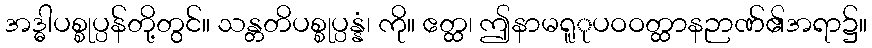
အဒ္ဓါပစ္စုပ္ပန်တို့တွင်။ သန္တတိပစ္စုပ္ပန္နံ၊ ကို။ ဧတ္ထ၊ ဤနာမရူုပဝဝတ္ထာနဉာဏ်၏အရာ၌။